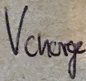
Text: Vcharge